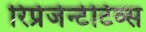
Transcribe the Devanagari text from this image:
रिप्रेजेन्टेटिव्स